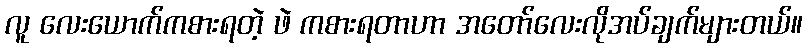
လူ လေးယောက်ကစားရတဲ့ ဖဲ ကစားရတာဟာ အတော်လေးလိုအပ်ချက်များတယ်။